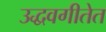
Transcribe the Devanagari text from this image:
उद्धवगीतेत